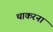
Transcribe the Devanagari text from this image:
थाकरना